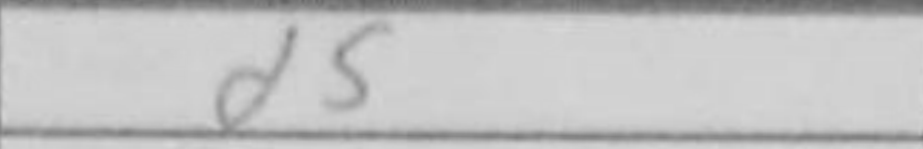
Transcription: d5